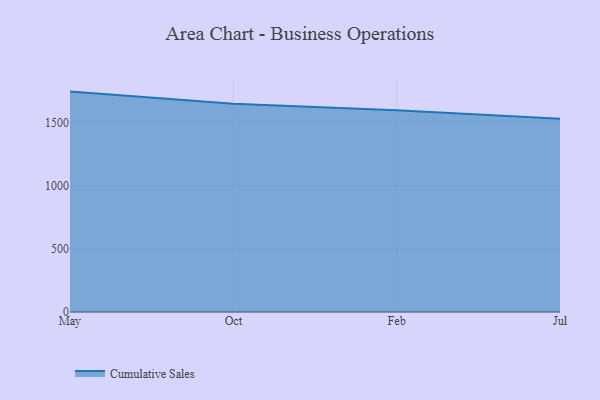
{"axis": {"x": "Month", "y": "Page Views"}, "legend": ["Cumulative Sales"], "data": [{"x": "May", "y": 1744.5, "type": "Cumulative Sales"}, {"x": "Oct", "y": 1647.4, "type": "Cumulative Sales"}, {"x": "Feb", "y": 1597.6, "type": "Cumulative Sales"}, {"x": "Jul", "y": 1529.3, "type": "Cumulative Sales"}]}